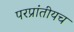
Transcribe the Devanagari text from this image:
परप्रांतीयच